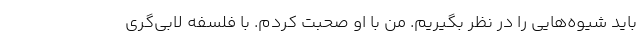
باید شیوه‌هایی را در نظر بگیریم. من با او صحبت کردم. با فلسفه لابی‌گری